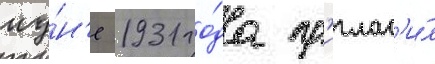
иу́н'е 1931 го́да пр'иглас'и́л